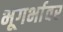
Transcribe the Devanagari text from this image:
भूगर्भावर